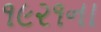
૧૯૨૧ના